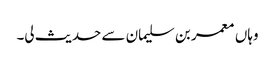
وہاں معمر بن سلیمان سے حدیث لی۔